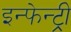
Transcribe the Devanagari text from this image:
इन्फेन्ट्री